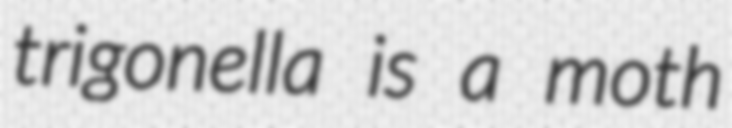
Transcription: trigonella is a moth